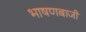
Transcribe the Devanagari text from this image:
भाषणबाजी